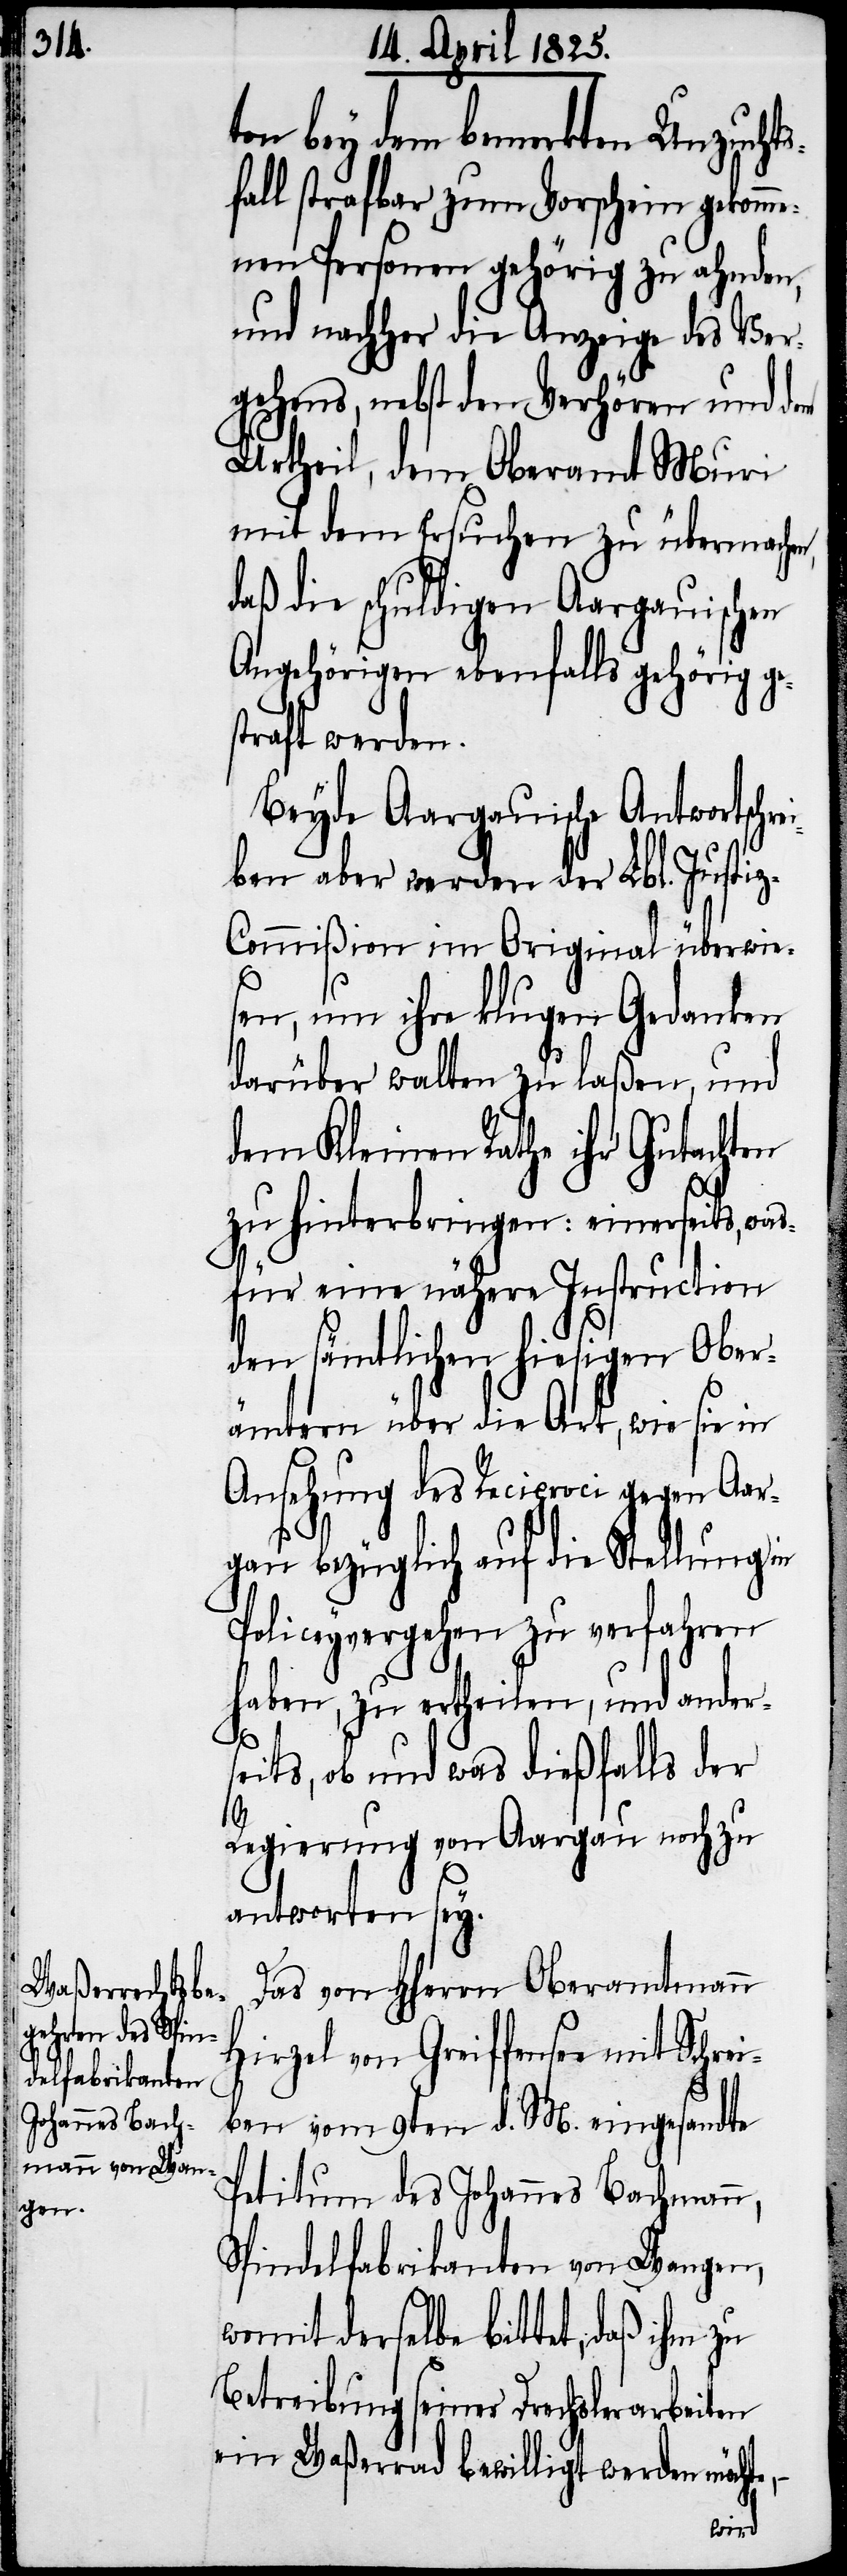
ton bey dem bemerkten Unzuchts¬
fall strafbar zum Vorschein gekomm¬
enen Personen gehörig zu ahnden,
und nachher die Anzeige des Ver¬
gehens, nebst den Verhören und dem
Urtheil, dem Oberamt Muri
mit dem Ersuchen zu übermachen,
daß die schuldigen Aargauischen
Angehörigen ebenfalls gehörig ge¬
straft werden.
Beyde Aargauische Antwortschr¬
eiben aber werden der Lbl. Justi¬
z-Commißion im Original überwie¬
sen, um ihre klugen Gedanken
darüber walten zu laßen, und
dem Kleinen Rathe ihr Gutachten
zu hinterbringen: einerseits, was¬
für eine nähere Instruction
den sämtlichen hiesigen Ober¬
ämtern über die Art, wie sie in
Ansehung des Reciproci gegen Aar¬
gau bezüglich auf die Stellung in
Policeyvergehen zu verfahren
haben, zu ertheilen, und anders¬
eits, ob und was dießfalls der
Regierung von Aargau noch zu
antworten sey.
Das von Hherrn Oberamtmann
Hirzel von Greiffensee mit Schre¬
iben vom 9ten d. M. eingesandte
Petitum des Johannes Bachmann,
Spindelfabrikanten von Wangen,
womit derselbe bittet, daß ihm zu
Betreibung seiner Drechslerarbeiten
ein Waßerrad bewilligt werden möchte,